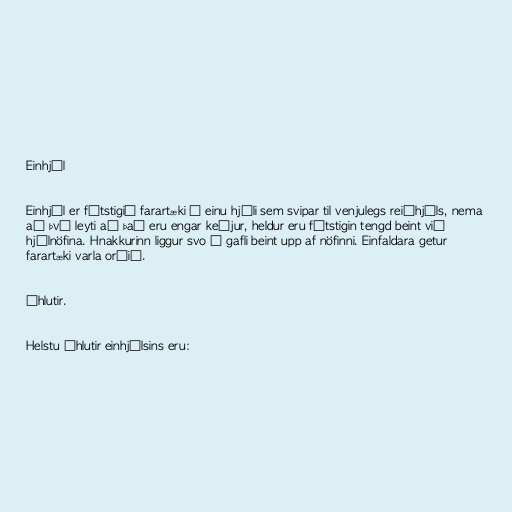
Einhjól

Einhjól er fótstigið farartæki á einu hjóli sem svipar til venjulegs reiðhjóls, nema
að því leyti að það eru engar keðjur, heldur eru fótstigin tengd beint við
hjólnöfina. Hnakkurinn liggur svo á gafli beint upp af nöfinni. Einfaldara getur
farartæki varla orðið.

Íhlutir.

Helstu íhlutir einhjólsins eru: